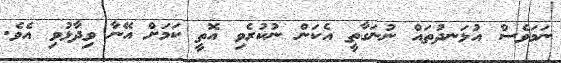
ނަމަވެސް އުޅަނދުތައް ނުނަގާތީ އެކަން ނުކުރެވި އޮތީ ކަމަށް އޭނާ ވިދާޅުވި އެވެ.